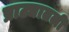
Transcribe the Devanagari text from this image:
प्राट्यातली